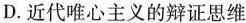
D.近代唯心主义的辩证思维